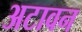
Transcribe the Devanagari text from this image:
अटावन